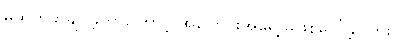
မထွက်ခွာချင်ခဲ့တာကြောင့် အပြောင်းအရွေ့ မဖြစ်ပေါ်ခဲ့ပါဘူး။